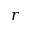
r